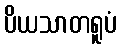
ပိယသာတရူပံ